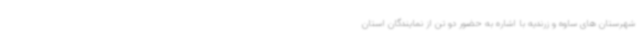
شهرستان های ساوه و زرندیه با اشاره به حضور دو تن از نمایندگان استان